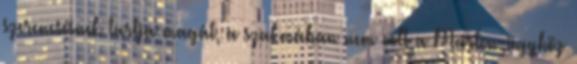
szerencsésnek tartja magát, a szakmában nem volt a Marton-ügyhöz